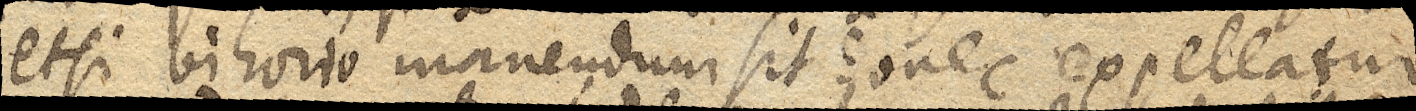
etsi bihorio manendum sit donec expellatur